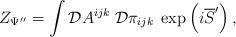
LaTeX: \begin{align*}Z_{\Psi ^{\prime \prime }}=\int {\cal D}A^{ijk}\;{\cal D}\pi_{ijk}\;\exp \left( i\overline{S}^{\prime }\right) ,\end{align*}